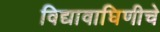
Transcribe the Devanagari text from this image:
विद्यावाघिणीचे